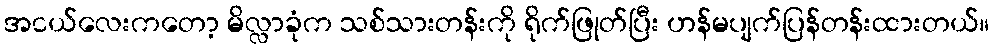
အငယ်လေးကတော့ မိလ္လာခုံက သစ်သားတန်းကို ရိုက်ဖြုတ်ပြီး ဟန်မပျက်ပြန်တန်းထားတယ်။